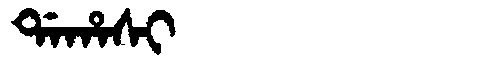
Manchu: ᡩᠠᡥᠠᠰᡳ
Romanization: DAHASI